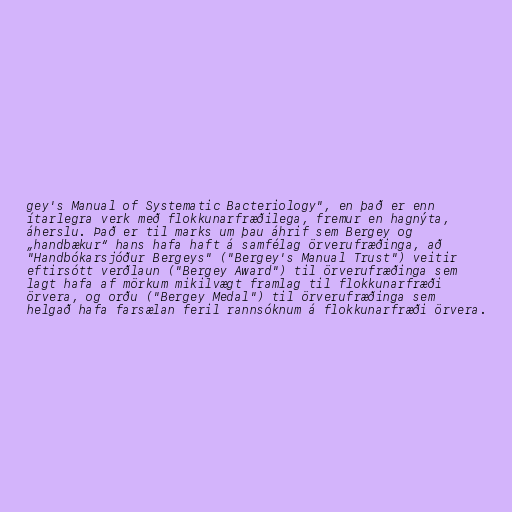
gey's Manual of Systematic Bacteriology", en það er enn
ítarlegra verk með flokkunarfræðilega, fremur en hagnýta,
áherslu. Það er til marks um þau áhrif sem Bergey og
„handbækur“ hans hafa haft á samfélag örverufræðinga, að
"Handbókarsjóður Bergeys" ("Bergey's Manual Trust") veitir
eftirsótt verðlaun ("Bergey Award") til örverufræðinga sem
lagt hafa af mörkum mikilvægt framlag til flokkunarfræði
örvera, og orðu ("Bergey Medal") til örverufræðinga sem
helgað hafa farsælan feril rannsóknum á flokkunarfræði örvera.